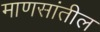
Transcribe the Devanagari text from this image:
माणसांतील